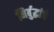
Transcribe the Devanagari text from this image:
निर्बुद्धांचे